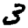
Digit: 3